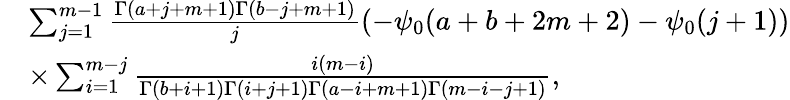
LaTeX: \begin{array}{rl}{\! \! \! \! \! \! \! \! }&{\sum_{j=1}^{m-1}\frac{\Gamma(a+j+m+1)\Gamma(b-j+m+1)}{j}\left(-\psi_{0}(a+b+2m+2)-\psi_{0}(j+1)\right)}\\ {\! \! \! \! \! \! \! \! }&{\times\sum_{i=1}^{m-j}\frac{i(m-i)}{\Gamma(b+i+1)\Gamma(i+j+1)\Gamma(a-i+m+1)\Gamma(m-i-j+1)},}\end{array}